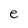
Character: e